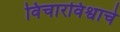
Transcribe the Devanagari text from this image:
विचारविश्वाचे